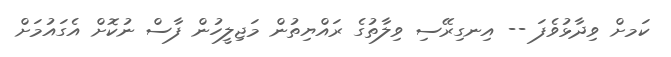
ކަމށް ވިދާޅުވެފަ -- އިނގިރޭސި ވިލާތުގެ ރައްޔިތުން މަޖިލީހުން ފާސް ނުކޮށް އެގައުމަށް